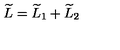
\widetilde { L } = \widetilde { L } _ { 1 } + \widetilde { L } _ { 2 }